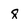
Character: 8